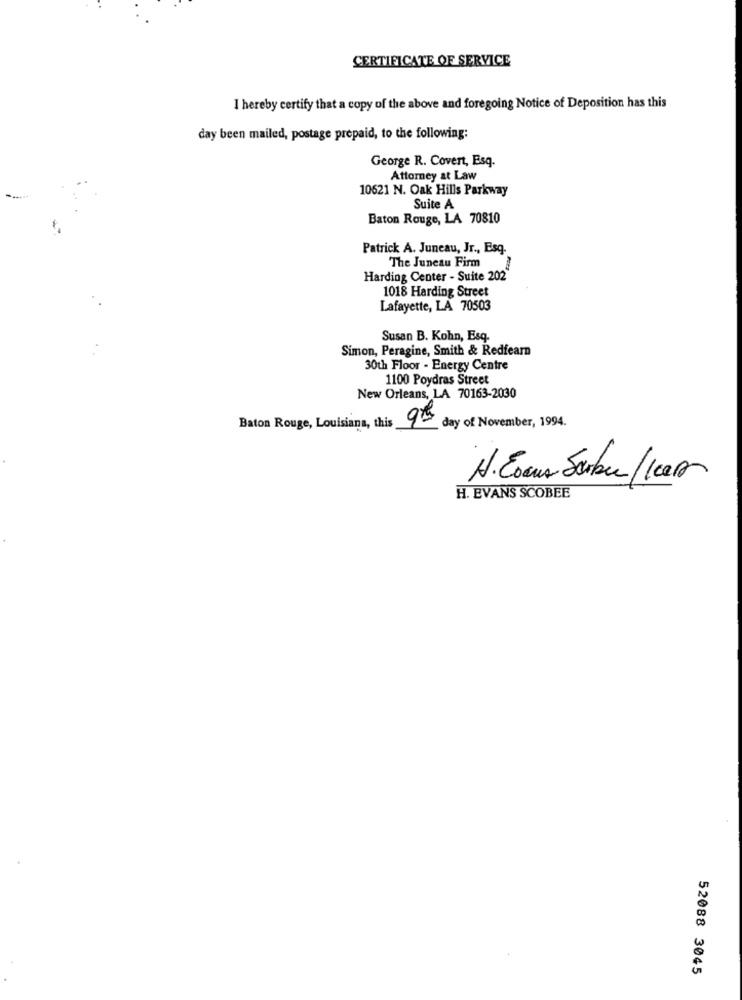
CERTIFICATE OF SERVICE
I hereby certify that a copy of the above and foregoing Notice of Deposition has this
day been mailed, postage prepaid, to the following:
George R. Covert, Esq.
Attorney at Law
10621 N. Oak Hills Parkway
Suite A
Baton Rouge, LA 70810
Patrick A. Juneau, Jr ., Esq.
The Juneau Firm
Harding Center - Suite 202
1018 Harding Street
Lafayette, LA 70503
Susan B. Kohn, Esq.
Simon, Peragine, Smith & Redfearn
30th Floor - Energy Centre
1100 Poydras Street
New Orleans, LA 70163-2030
Baton Rouge, Louisiana, this 9th
day of November, 1994.
H. EVANS SCOBEE
52088 3045